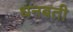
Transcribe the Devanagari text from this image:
धनबती